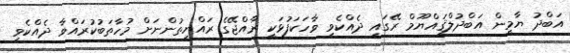
އަބްދު ޔާމީން އަބްދުލްޤައްޔޫމް ރޭގައި ދެއްކެވި ވާހަކަފުޅަކީ ރާއްޖޭގެ ރައްޔިތުންނަށް މުހާތަބުކުރައްވާ ދެއްކެވި